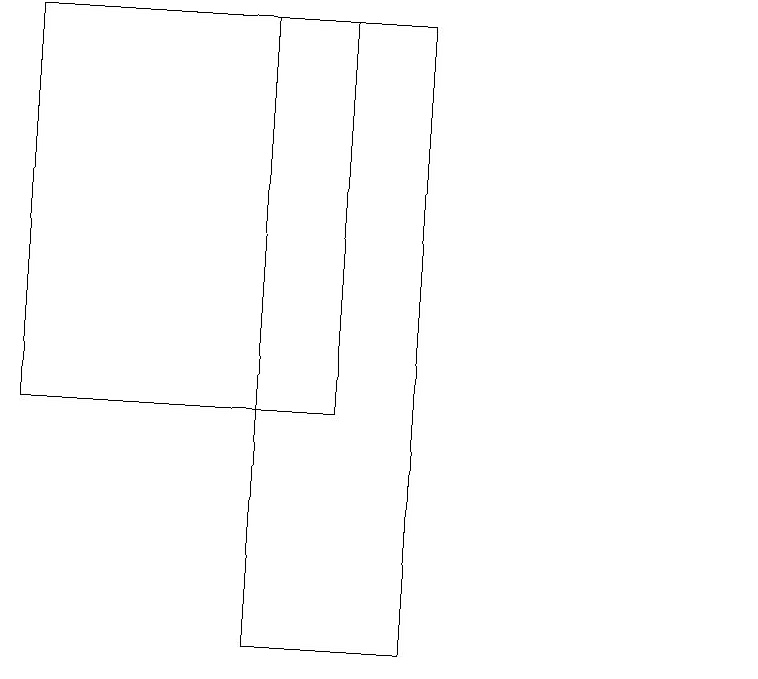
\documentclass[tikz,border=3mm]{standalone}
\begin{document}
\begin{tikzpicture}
\draw (5,19) rectangle (1,14);
\draw (10,11) circle (0);
\draw (4,11) rectangle (6,19);
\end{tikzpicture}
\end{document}